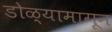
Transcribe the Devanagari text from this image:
डोळ्यामागून